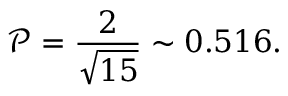
\mathscr { P } = \frac { 2 } { \sqrt { 1 5 } } \sim 0 . 5 1 6 .